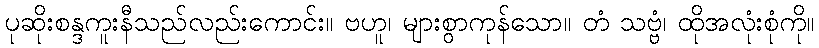
ပုဆိုးစန္ဒကူးနီသည်လည်းကောင်း။ ဗဟူ၊ များစွာကုန်သော။ တံ သဗ္ဗံ၊ ထိုအလုံးစုံကို။